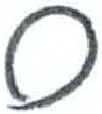
אות: ס